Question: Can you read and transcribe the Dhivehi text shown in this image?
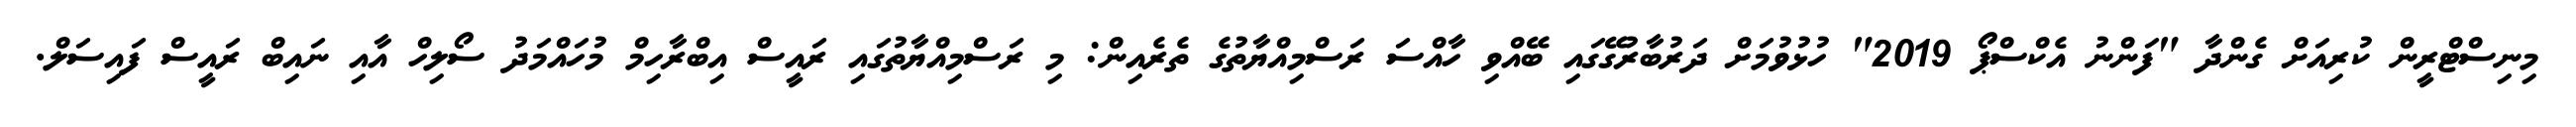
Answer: މިނިސްޓްރީން ކުރިއަށް ގެންދާ "ފަންނު އެކްސްޕޯ 2019" ހުޅުވުމަށް ދަރުބާރުގޭގައި ބޭއްވި ހާއްސަ ރަސްމިއްޔާތުގެ ތެރެއިން: މި ރަސްމިއްޔާތުގައި ރައީސް އިބްރާހިމް މުހައްމަދު ސޯލިހް އާއި ނައިބް ރައީސް ފައިސަލް.